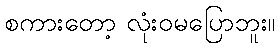
စကားတော့ လုံးဝမပြောဘူး။